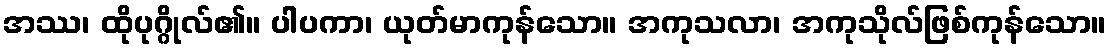
အဿ၊ ထိုပုဂ္ဂိုလ်၏။ ပါပကာ၊ ယုတ်မာကုန်သော။ အကုသလာ၊ အကုသိုလ်ဖြစ်ကုန်သော။